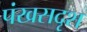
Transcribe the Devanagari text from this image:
पंखसदृश